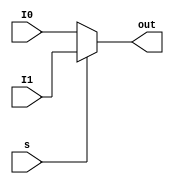

module Mux (I0,I1,s,out);

    input [31:0]I0,I1;
    input s;
    output [31:0]out;

    assign out = (~s) ? I0 : I1 ;
    
endmodule

module Mux3x1(I0,I1, I2, I3, s,out);

    input [31:0]I0,I1, I2, I3;
    input [1:0]s;
    output [31:0]out;

    assign out = (s == 2'b00) ? I0 : 
                 (s == 2'b01) ? I1 :
                 (s == 2'b10) ? I2 : 
                 (s == 2'b11) ? I3 : 32'd0;
    
endmodule


module Mux_5x1(I0,I1,I2,I3,I4,s,out);
    
    input [31:0]I0,I1,I2,I3,I4;
    input [2:0]s;
    output [31:0]out;
    assign out=(s==3'b001)?I0:
    	       (s==3'b010)?I1:
    	       (s==3'b011)?I2:
    	       (s==3'b100)?I3:
    	       (s==3'b101)?I4:32'd0;
endmodule
    	       	
module Demux (input In, input sel, output out1, output out2);

assign out1 = (~sel) ? In : 1'b0;
assign out2 = (sel) ? In : 1'b0;    
endmodule